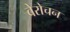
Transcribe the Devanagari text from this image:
बेरोचन